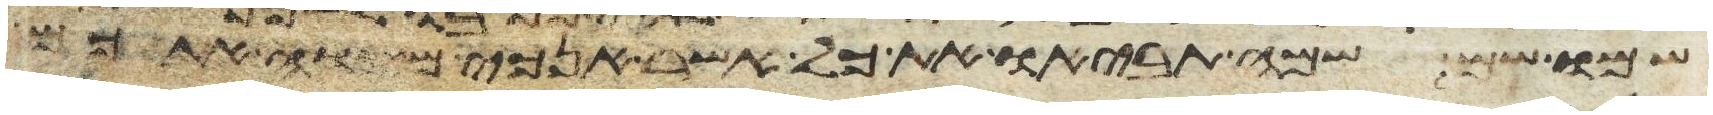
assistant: שמו שם שמה תביאו את כל אשר אנכי מצוה אתכם